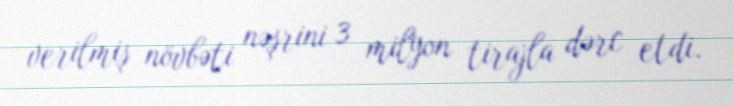
verilmiş növbəti nəşrini 3 milyon tirajla dərc etdi.